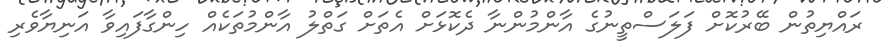
ރައްޔިތުން ބޭރުކޮށް ފަލަސްތީނުގެ އާންމުންނާ ދެކޮޅަށް އެތަށް ގަތްލު އާންމުތަކެއް ހިންގާފައިވާ އަނިޔާވެރި